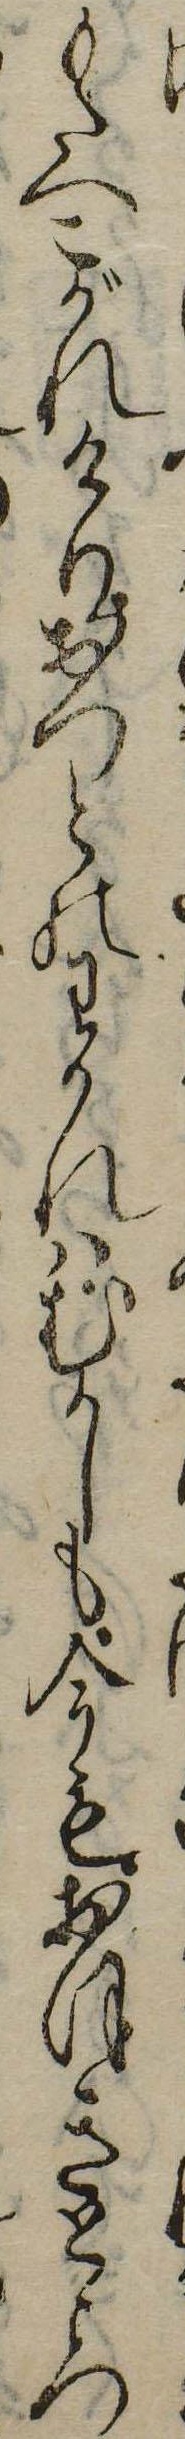
もたへこがれけりおつとのわかれはむかしも今もおほきところ